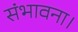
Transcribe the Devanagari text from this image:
संभावना।